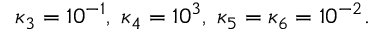
\kappa _ { 3 } = 1 0 ^ { - 1 } , \; \kappa _ { 4 } = 1 0 ^ { 3 } , \; \kappa _ { 5 } = \kappa _ { 6 } = 1 0 ^ { - 2 } .